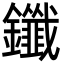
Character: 鑯